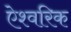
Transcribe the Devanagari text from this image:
ऐश्वरिक